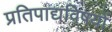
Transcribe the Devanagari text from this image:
प्रतिपाद्यविषयों